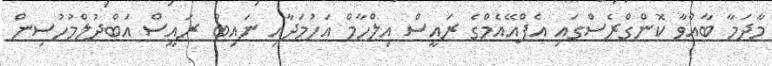
މާދަމާ ބާއްވާ ކޮންގްރެސްގައި އެފްއޭއެމްގެ ރައީސް އިލްހާމް އަހުމަދާއި ނައިބް ރައީސް އަބްދުލްމުހުސިން